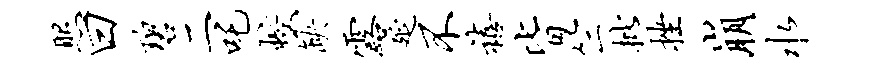
照曰碧二吒蛟缺露延不禧皆竺批挫崩水